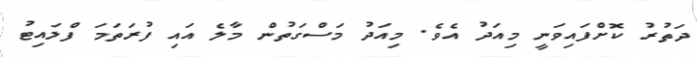
ދަތުރު ކޮށްފައިވަނީ މިއަދު އެވެ. މިއަދު މަސްގަތުން މާލެ އައި ފުރަތަމަ ފްލައިޓު